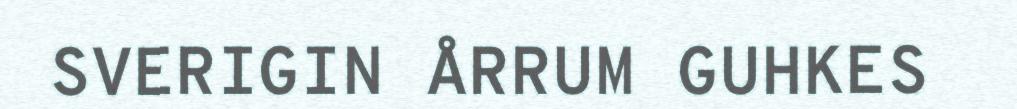
SVERIGIN ÅRRUM GUHKES